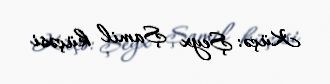
Küçə: Şeyx Şamil küçəsi